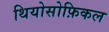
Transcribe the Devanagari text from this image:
थियोसोफ़िकल